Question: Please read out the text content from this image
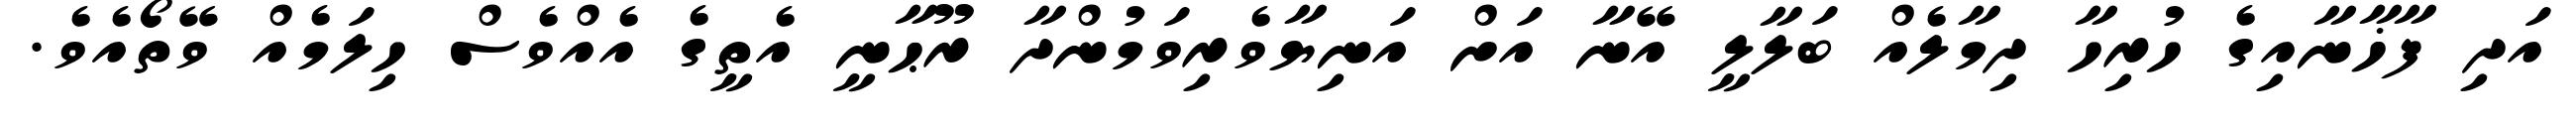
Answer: އަދި ފާޚާނާއިގެ ހުރިހާ ދިމާލެއް ބަލާލީ އޭނާ އަށް އަނިޔާވެރިވަމުންދާ ރޫޙާނީ އެތީގެ އެއްވެސް ހިލަމެއް ވޭތޯއެވެ.